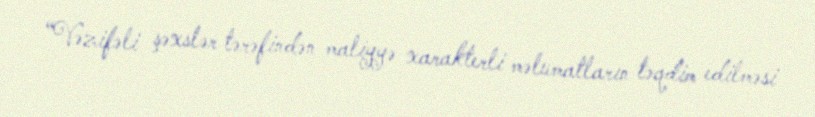
“Vəzifəli şəxslər tərəfindən maliyyə xarakterli məlumatların təqdim edilməsi